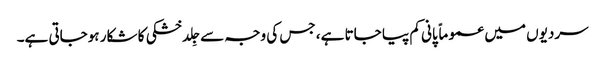
سردیوں میں عموماً پانی کم پیا جاتا ہے، جس کی وجہ سے جِلد خشکی کا شکار ہوجاتی ہے۔